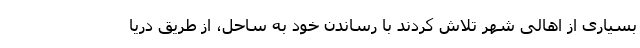
بسیاری از اهالی شهر تلاش کردند با رساندن خود به ساحل، از طریق دریا